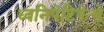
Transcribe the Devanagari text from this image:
ध्वनिपेटिकेचे